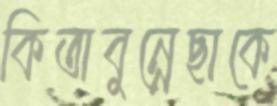
কিতাবুন্নেছাকে